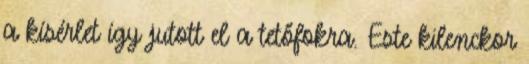
a kísérlet így jutott el a tetőfokra. Este kilenckor